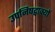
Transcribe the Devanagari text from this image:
उपनिषद्वाक्यों